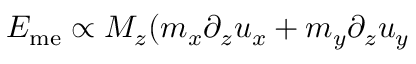
E _ { \mathrm { m e } } \propto M _ { z } ( m _ { x } \partial _ { z } u _ { x } + m _ { y } \partial _ { z } u _ { y }